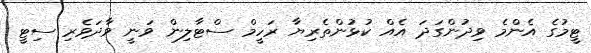
ޓީމުގެ އެންމެ ވިދުންގަދަ އެއް ކުޅުންތެރިޔާ ރަހީމް ސްޓާލިން ވަނީ ވާދަވެރި ސިޓީ